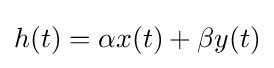
h(t)=\alpha x(t)+\beta y(t)